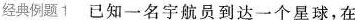
经典例题1已知一名宇航员到达一个星球，在